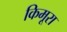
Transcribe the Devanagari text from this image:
किमूरा